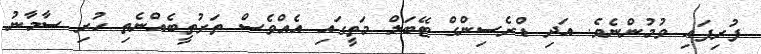
ފުރިފައި ވުމުންނެވެ. އަދި ޑްރެސިންގް ޓޭބަލް މަތީގައި އެއްވެސް ތަރުތީބެއްނެތި ހުރި ސާމާނު